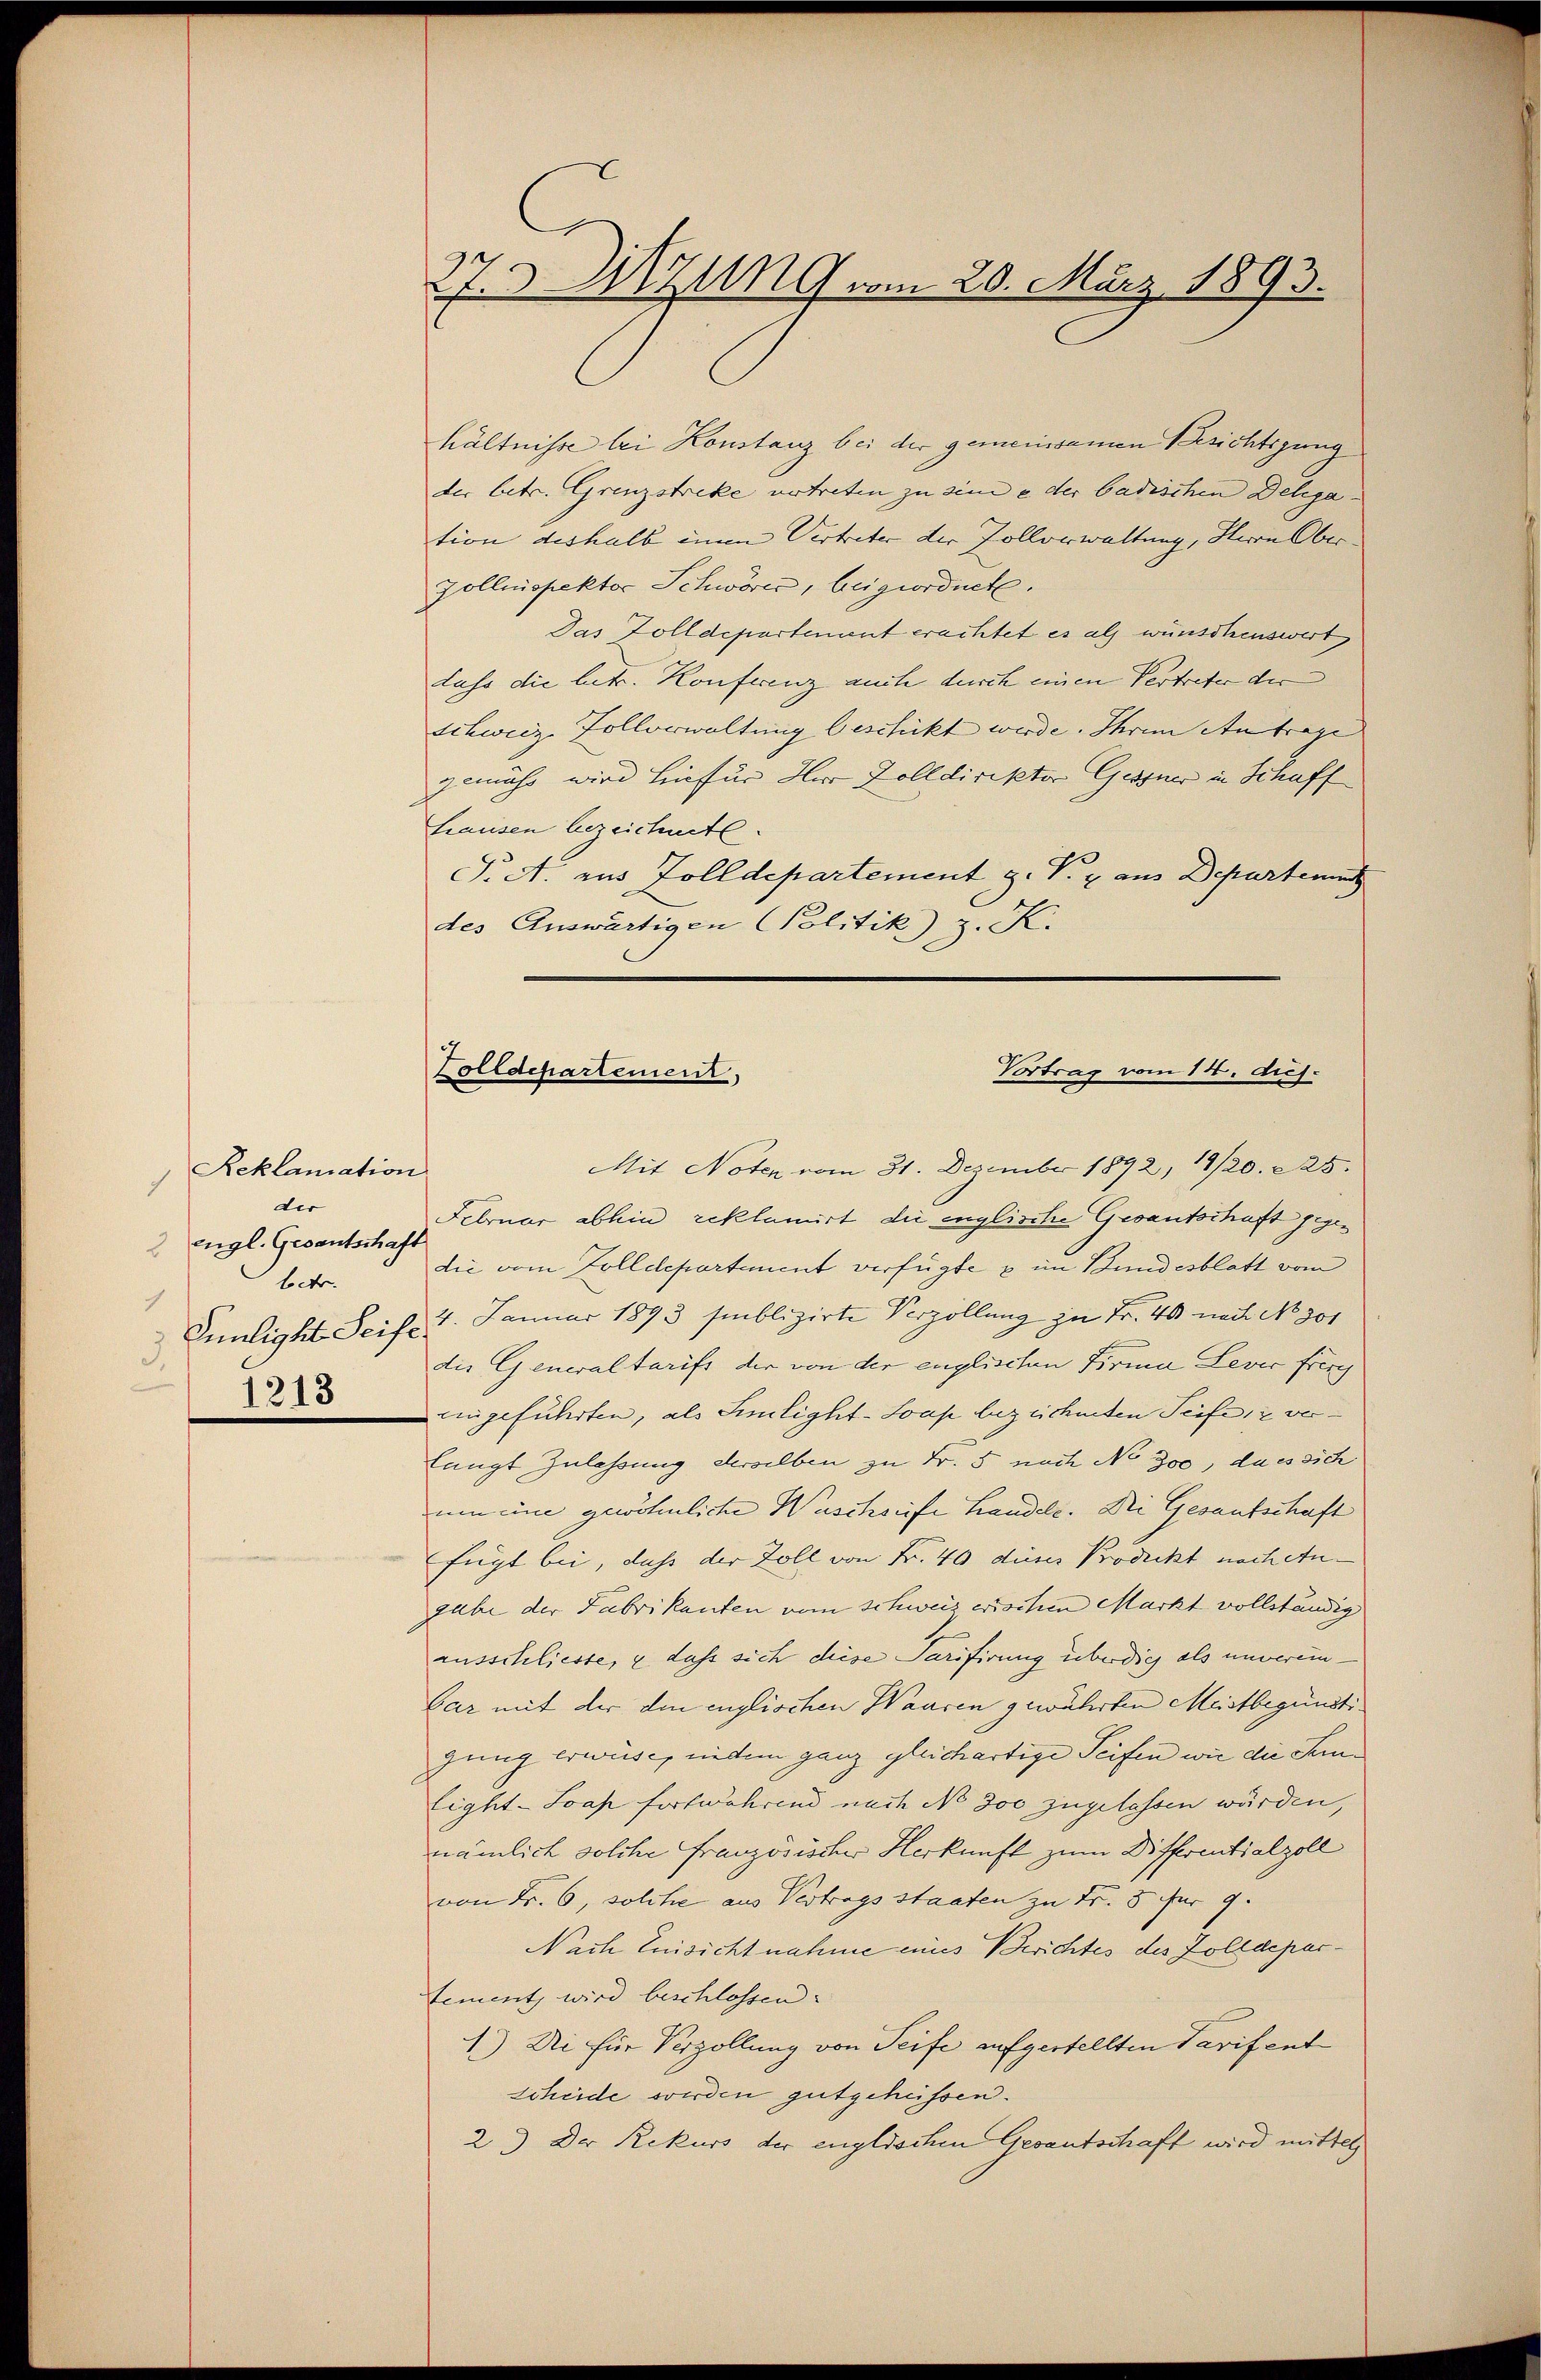
Reklamation
der
2 Engl. Gesantschaft
betr.
1
Pünligkt Seife
3.
1213

hältnisse bei Konstanz bei der gemeinsamen Besichtigung
der betr. Grenzstreke vertreten zu sine e der badischen Delega
tion deshalb einen Vertreter der Pollorwaltung, Herrn Ober
zollnispektor Schwöre, beigeordnet.
Das Zolldepartement erachtet es als wünschenswert
dass die betr. Konferenz auch durch einen Vertreter der
schweiz Zollverwaltung beschickt werde. Ihrem Antrage
gemäss wird hiefür Herr Zolldirektor Gessner in Schaff
hausen bezeichnete.
J. A. aus Zolldepartement z. V. u. aus Departeme
des Auswärtigen Politik z. K.

Mit Noten vom 31. Dezember 1892, 19/20. 225.
Februar abhin reklamirt die englische Gesantschaft gegen
die vom Zolldepartement verfügte u im Bundesblatt vom
4. Januar 1893 suublizirte Verzöllung zu Fr. 40 nach No 301
die Generaltarifs der von der englischen Firma Levir freu
eingeführten, als Similight-Soap bezeichneten Seife 12 verlangt Zulassung derselben zu Fr. 5 nach No 300, da es sich
um eine gewöhnliche Wuschreife Handele. Die Gesantschaft
fügt bei, daß der Zoll von Fr. 40 dieses Prodeckt nach An
gabe der Fabrikanten vom schweizerischen Markt vollständig
ausschliesse, & dass sich diese Sarifirung überdig als unverein-
bar mit der den englischen Waaren gewährten Meistbegünstigung erwüse, indem ganz gleichartige Seifen wie die Sem¬
Eight-Soap fortwährend nach No 300 zugelassen würden
nämlich solche Französischer Herkunft zum Differentialzoll
von Fr. 6, solche aus Vertrags staaten zu Fr. 5 für 9.
Nach Einsicht nahme eines Berichtes des Zolldepartement wird beschlossen:
1.) Di für Verzöllung von Seife aufgestellten Tarifent
scheide werden gutgehüssen.
2.) Der Rekurs der englischen Gesantschaft wird mittel

27.5 Utzung vom 20. März 1893.

Vortrag vom 14. dus.
Zolldepartement,